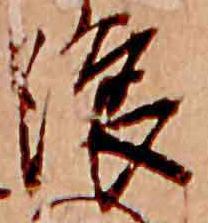
浪